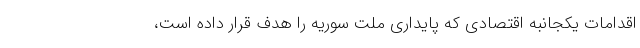
اقدامات یکجانبه اقتصادی که پایداری ملت سوریه را هدف قرار داده است،